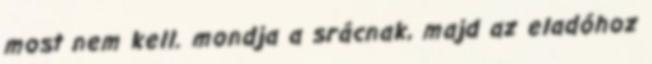
most nem kell. mondja a srácnak, majd az eladóhoz